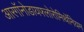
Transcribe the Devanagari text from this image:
आरगॉनोडायफ्लोरोमिथॅनियम